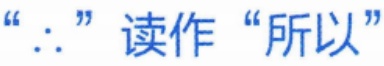
“$\therefore$” 读作 “所以”